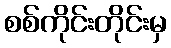
စစ်ကိုင်းတိုင်းမှ